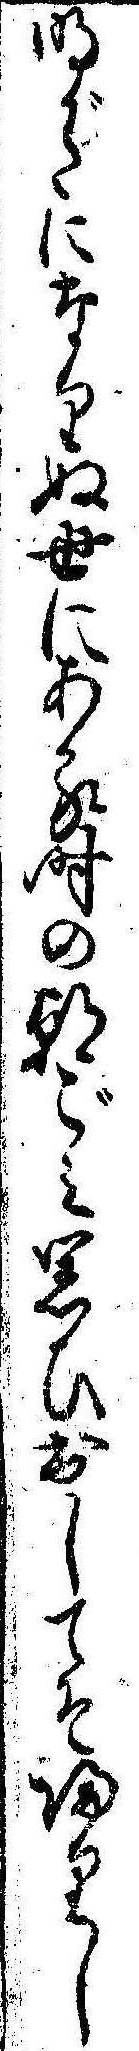
明がたになりぬ世にある時の朝ごみ思ひ出してぞ帰りし